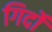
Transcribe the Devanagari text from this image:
गिर्दों